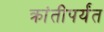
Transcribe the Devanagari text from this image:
क्रांतीपर्यंत